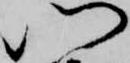
門